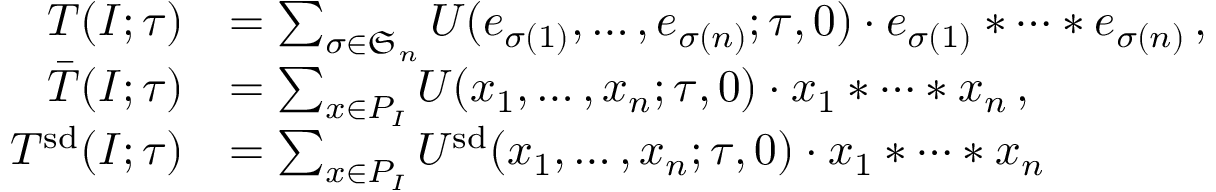
\begin{array} { r l } { T ( I ; \tau ) } & { = \sum _ { \sigma \in \mathfrak { S } _ { n } } U ( e _ { \sigma ( 1 ) } , \dotsc , e _ { \sigma ( n ) } ; \tau , 0 ) \cdot e _ { \sigma ( 1 ) } * \cdots * e _ { \sigma ( n ) } \, , } \\ { \bar { T } ( I ; \tau ) } & { = \sum _ { x \in P _ { I } } U ( x _ { 1 } , \dotsc , x _ { n } ; \tau , 0 ) \cdot x _ { 1 } * \cdots * x _ { n } \, , } \\ { T ^ { \smash { \mathrm { s d } } } ( I ; \tau ) } & { = \sum _ { x \in P _ { I } } U ^ { \smash { \mathrm { s d } } } ( x _ { 1 } , \dotsc , x _ { n } ; \tau , 0 ) \cdot x _ { 1 } * \cdots * x _ { n } } \end{array}